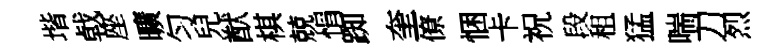
堦㦸座曠匀兒猷棋兢悁踟奎僚悃卡祝段租猛喘刀烈